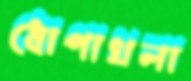
ধোপাখলা